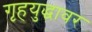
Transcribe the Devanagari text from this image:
गृहयुद्धावर